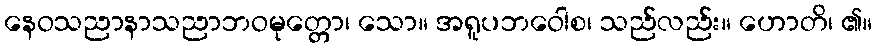
နေဝသညာနာသညာဘဝမုတ္တော၊ သော။ အရူပဘဝေါစ၊ သည်လည်း။ ဟောတိ၊ ၏။